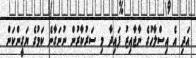
އަދި އެ އިސްލާހުގެ ނާޖާއިޒު ފައިދާ މި ސަރުކާރުން ނުނަގާނެ ކަމުގެ ޔަގީންކަން